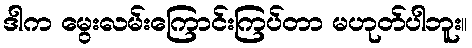
ဒါက မွေးလမ်းကြောင်းကြပ်တာ မဟုတ်ပါဘူး။